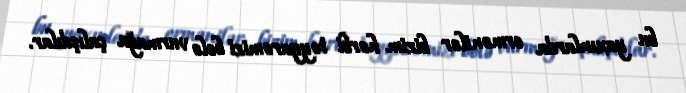
bu yaxınlarda ermənilər bizim hərbi təyyarəmizi belə vurmağa çalışdılar.